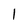
Character: 1